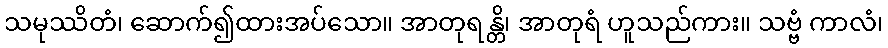
သမုဿိတံ၊ ဆောက်၍ထားအပ်သော။ အာတုရန္တိ၊ အာတုရံ ဟူသည်ကား။ သဗ္ဗံ ကာလံ၊